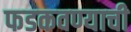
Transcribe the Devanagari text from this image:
फडकवण्याची